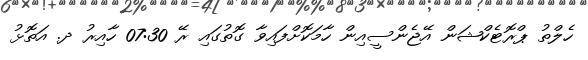
ހެލްތު ޕްރޮޓެކްޝަން އޭޖެންސީއިން ހާމަކޮށްފައިވާ ގޮތުގައި ރޭ 07:30 ހާއިރު ދ. އަތޮޅު